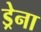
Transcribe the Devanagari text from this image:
ड्रेना